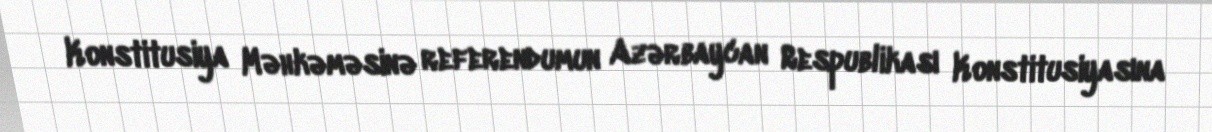
Konstitusiya Məhkəməsinə referendumun Azərbaycan Respublikası Konstitusiyasına